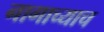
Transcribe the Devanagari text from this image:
नागाच्याच